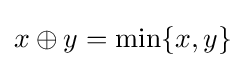
x\oplus y=\min\{x,y\}